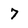
Character: 7